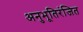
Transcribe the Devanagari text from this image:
अनुभूतिरंजित